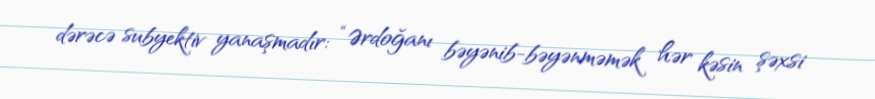
dərəcə subyektiv yanaşmadır: “Ərdoğanı bəyənib-bəyənməmək hər kəsin şəxsi